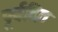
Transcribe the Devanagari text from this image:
पूर्वदित